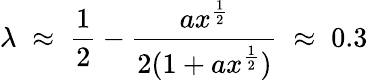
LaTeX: \lambda\; \approx\; \frac{1}{2}-\frac{ax^{\frac{1}{2}}}{2(1+ax^{\frac{1}{2}})}\; \approx\; 0.3